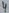
Text: 4